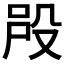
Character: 𣪉